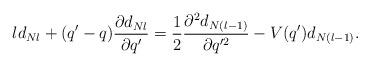
LaTeX: \begin{align*} ld_{Nl}+(q'-q) \frac{\partial d_{Nl}}{\partial q'} = \frac{1}{2} \frac{\partial^2 d_{N(l-1)}} {\partial q'^2} -V(q')d_{N(l-1)}.\end{align*}